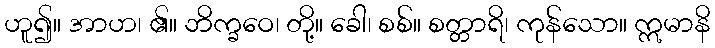
ဟူ၍။ အာဟ၊ ၏။ ဘိက္ခဝေ၊ တို့။ ခေါ၊ စစ်။ စတ္တာရိ၊ ကုန်သော။ ဣမာနိ